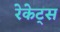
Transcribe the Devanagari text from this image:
रेकेट्स